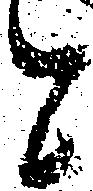
と